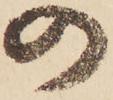
の